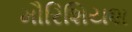
મૌરિશિયશ